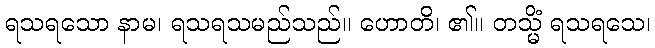
ရသရသော နာမ၊ ရသရသမည်သည်။ ဟောတိ၊ ၏။ တသ္မိံ ရသရသေ၊